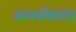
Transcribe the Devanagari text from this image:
समर्थकांत